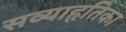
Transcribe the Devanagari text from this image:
सव्याहृतिका